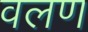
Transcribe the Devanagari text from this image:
वलण